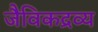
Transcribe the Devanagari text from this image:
जैविकद्रव्य